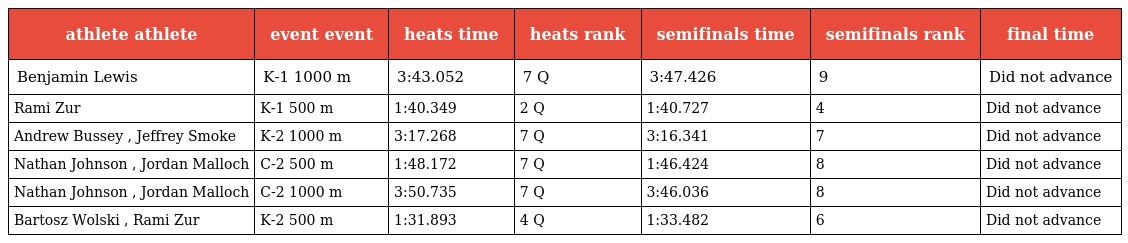
| athlete athlete | event event | heats time | heats rank | semifinals time | semifinals rank | final time |
 | --- | --- | --- | --- | --- | --- | --- |
 | Benjamin Lewis | K-1 1000 m | 3:43.052 | 7 Q | 3:47.426 | 9 | Did not advance |
 | Rami Zur | K-1 500 m | 1:40.349 | 2 Q | 1:40.727 | 4 | Did not advance |
 | Andrew Bussey , Jeffrey Smoke | K-2 1000 m | 3:17.268 | 7 Q | 3:16.341 | 7 | Did not advance |
 | Nathan Johnson , Jordan Malloch | C-2 500 m | 1:48.172 | 7 Q | 1:46.424 | 8 | Did not advance |
 | Nathan Johnson , Jordan Malloch | C-2 1000 m | 3:50.735 | 7 Q | 3:46.036 | 8 | Did not advance |
 | Bartosz Wolski , Rami Zur | K-2 500 m | 1:31.893 | 4 Q | 1:33.482 | 6 | Did not advance |